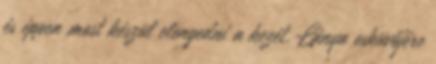
és éppen most készül elengedni a kezét. Lánya esküvőjére